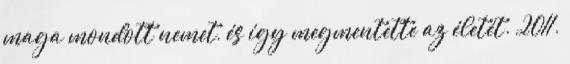
maga mondott nemet, és így megmentette az életét. 2011.